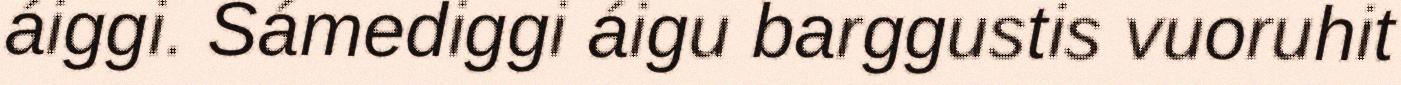
áiggi. Sámediggi áigu barggustis vuoruhit